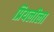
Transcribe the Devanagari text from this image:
प्रियलीला